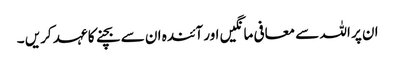
ان پر اللہ سے معافی مانگیں اور آئندہ ان سے بچنے کا عہد کریں ۔